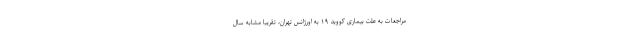
مراجعات به علت بیماری کووید ۱۹ به اورژانس تهران، تقریبا مشابه سال